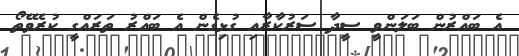
އެ ބައްރުން ބަލަންވީ ސީދާ ސަރުކާރާއި ގުޅިގެން އެ ބައްރު ތަރައްގީ ކުރެވޭތޯ